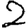
Digit: 2